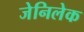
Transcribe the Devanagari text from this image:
जेनिलेक